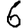
Digit: 6